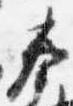
奉